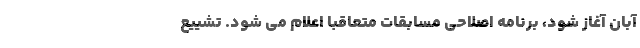
آبان آغاز شود، برنامه اصلاحی مسابقات متعاقبا اعلام می شود. تشییع